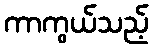
ကာကွယ်သည့်